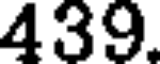
439.